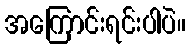
အကြောင်းရင်းပါပဲ။